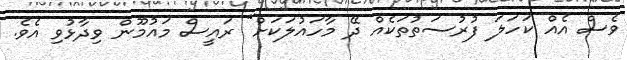
ވެސް އެއް ކަހަލަ ފުރުސަތުތަކެއް ދޭ މާހައުލަކަށް" ރައީސް މައުމޫން ވިދާޅުވި އެވެ.